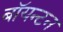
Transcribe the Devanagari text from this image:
बॉयन्टन